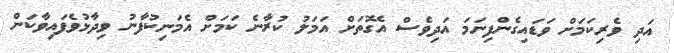
އަދި ވެރިކަމަށް ވަޑައިގެންފިނަމަ އަދިވެސް އެގޮތަށް އަމަލު ކުރާނެ ކަމަށް އެމަނިކުފާނު ވިދާޅުވެފައިވާކަން